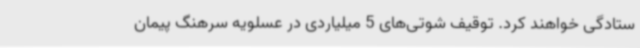
ستادگی خواهند کرد. توقیف شوتی‌های 5 میلیاردی در عسلویه سرهنگ پیمان